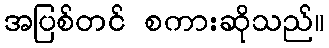
အပြစ်တင် စကားဆိုသည်။